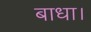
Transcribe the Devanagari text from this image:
बाधा।